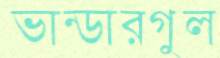
ভান্ডারগুল